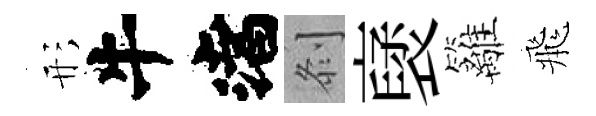
形渚𠛴裦籬飛